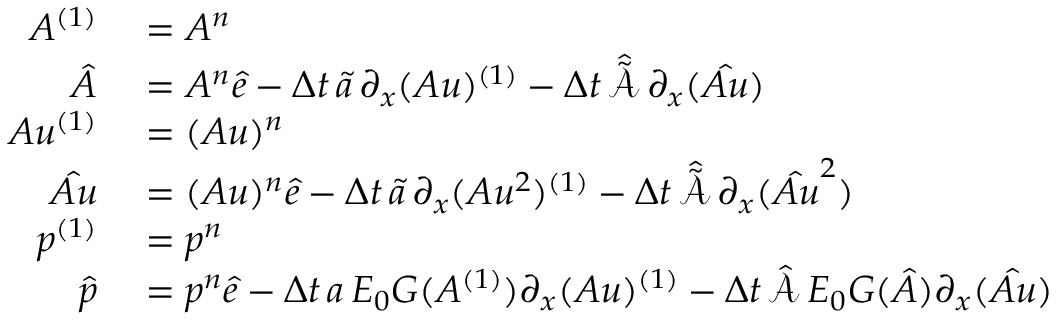
\begin{array} { r l } { A ^ { ( 1 ) } } & { { } = A ^ { n } } \\ { \boldsymbol { \hat { A } } } & { { } = A ^ { n } \boldsymbol { \hat { e } } - \Delta t \, \boldsymbol { \tilde { a } } \, \partial _ { x } ( A u ) ^ { ( 1 ) } - \Delta t \, \hat { \tilde { \mathcal { A } } } \, \partial _ { x } ( \boldsymbol { \hat { A u } } ) } \\ { A u ^ { ( 1 ) } } & { { } = ( A u ) ^ { n } } \\ { \boldsymbol { \hat { A u } } } & { { } = ( A u ) ^ { n } \boldsymbol { \hat { e } } - \Delta t \, \boldsymbol { \tilde { a } } \, \partial _ { x } ( A u ^ { 2 } ) ^ { ( 1 ) } - \Delta t \, \hat { \tilde { \mathcal { A } } } \, \partial _ { x } ( \boldsymbol { \hat { A u } ^ { 2 } } ) } \\ { p ^ { ( 1 ) } } & { { } = p ^ { n } } \\ { \boldsymbol { \hat { p } } } & { { } = p ^ { n } \boldsymbol { \hat { e } } - \Delta t \, \boldsymbol { a } \, E _ { 0 } G ( A ^ { ( 1 ) } ) \partial _ { x } ( A u ) ^ { ( 1 ) } - \Delta t \, \hat { \mathcal { A } } \, E _ { 0 } \boldsymbol { G } ( \boldsymbol { \hat { A } } ) \partial _ { x } ( \boldsymbol { \hat { A u } } ) } \end{array}